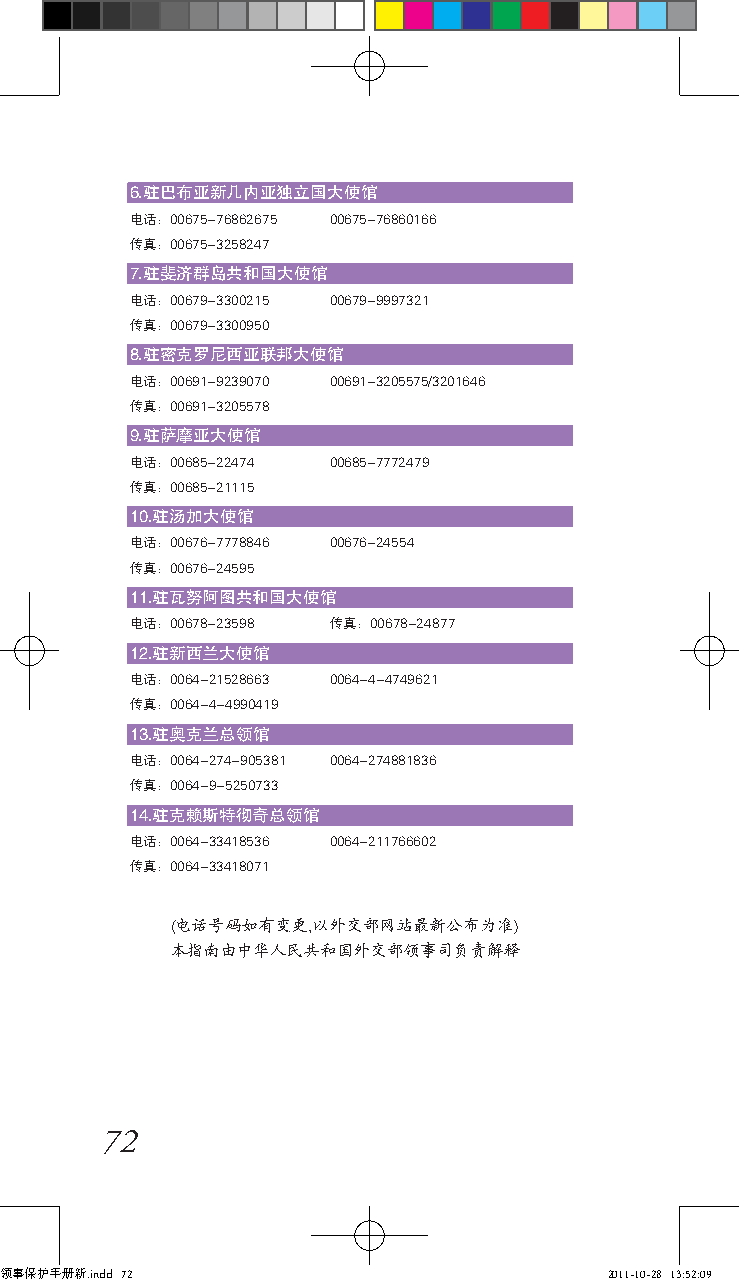
6.驻巴布亚新几内亚独立国大使馆
 电话：00675-76862675 00675-76860166
 传真：00675-3258247
 7.驻斐济群岛共和国大使馆
 电话：00679-3300215 00679-9997321
 传真：00679-3300950
 8.驻密克罗尼西亚联邦大使馆
 电话：00691-9239070 00691-3205575/3201646
 传真：00691-3205578
 9.驻萨摩亚大使馆
 电话：00685-22474 00685-7772479
 传真：00685-21115
 10.驻汤加大使馆
 电话：00676-7778846 00676-24554
 传真：00676-24595
 11.驻瓦努阿图共和国大使馆
 电话：00678-23598 传真：00678-24877
 12.驻新西兰大使馆
 电话：0064-21528663 0064-4-4749621
 传真：0064-4-4990419
 13.驻奥克兰总领馆
 电话：0064-274-905381 0064-274881836
 传真：0064-9-5250733
 14.驻克赖斯特彻奇总领馆
 电话：0064-33418536 0064-211766602
 传真：0064-33418071
 (电话号码如有变更,以外交部网站最新公布为准)
 本指南由中华人民共和国外交部领事司负责解释
 72
 领事保护手册新.indd 72                         2011-10-28 13:52:09